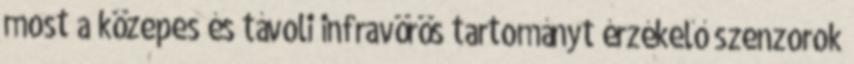
most a közepes és távoli infravörös tartományt érzékelő szenzorok